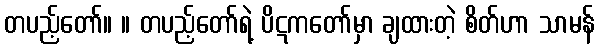
တပည့်တော်။ ။ တပည့်တော်ရဲ့ ပိဋကတော်မှာ ချထားတဲ့ စိတ်ဟာ သာမန်